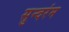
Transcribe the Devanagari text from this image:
सुन्दरंम